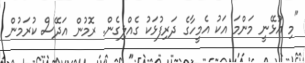
"މި އުޅޭނީ މަންމަ އަކު އެމީހާގެ ދަރިފުޅަކު ގެއްލިގެން. ރޮމުން އަދޭސް ކުރަމުން